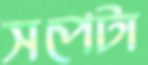
সপেটা